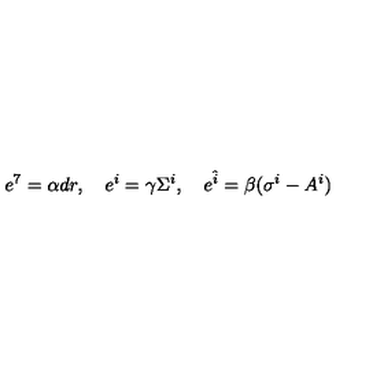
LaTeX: e ^ { 7 } = \alpha d r , \quad e ^ { i } = \gamma \Sigma ^ { i } , \quad e ^ { \hat { i } } = \beta ( \sigma ^ { i } - A ^ { i } )